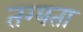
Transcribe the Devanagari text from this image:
तग्यता